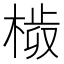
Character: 𣗀